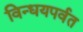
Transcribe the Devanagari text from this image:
विन्धयपर्वत